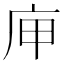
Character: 庘